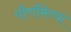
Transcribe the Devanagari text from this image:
पौर्णीमेच्या